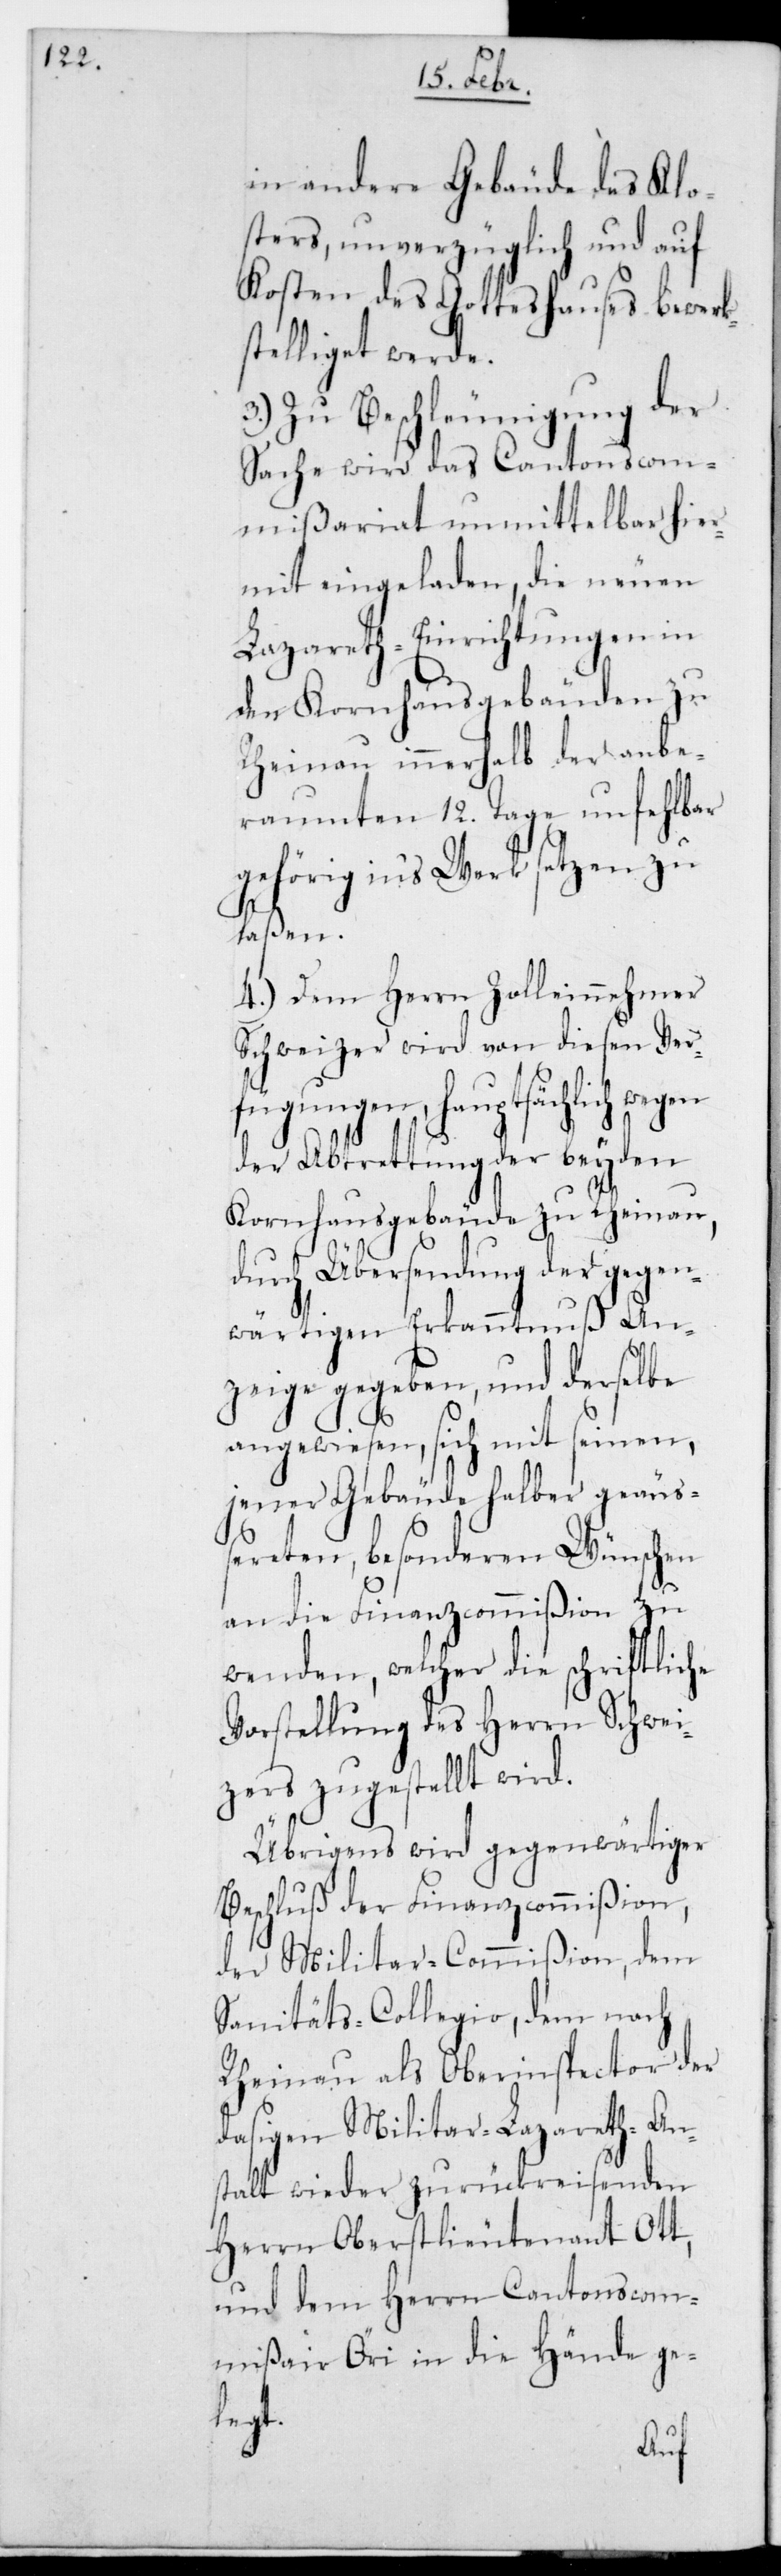
in andere Gebäude des Klo¬
sters, unverzüglich und auf
Kosten des Gotteshauses bewerk¬
stelliget werde.
3.) Zu Beschleunigung der
Sache wird das Cantonscom¬
mißariat unmittelbar hier¬
mit eingeladen, die neuen
Lazareth-Einrichtungen in
den Kornhausgebäuden zu
Rheinau innerhalb der anbe¬
raumten 12. Tage unfehlbar
gehörig ins Werk setzen zu
laßen.
4.) Dem Herrn Zolleinnehmer
Schweizer wird von diesen Ver¬
fügungen, hauptsächlich wegen
der Abtretung der beyden
Kornhausgebäude zu Rheinau,
durch Übersendung der gegen¬
wärtigen Erkanntnuß An¬
zeige gegeben, und derselbe
angewiesen, sich mit seinen,
jener Gebäude halber geäuß¬
ereten besonderen Wünschen
an die Finanzcommißion zu
wenden, welcher die schriftliche
Vorstellung des Herrn Schwei¬
zers zugestellt wird.
Übrigens wird gegenwärtiger
Beschluß der Finanzcommißion,
der Militar-Commißion, dem
Sanitäts-Collegio, dem nach
Rheinau als Oberinspector der
dasigen Militar-Lazareth-An¬
stalt wieder zurückreisenden
Herrn Oberstlieutenant Ott
und dem Herrn Cantonscom¬
mißair Öri in die Hände ge¬
legt.